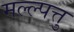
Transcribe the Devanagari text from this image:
मल्ल्पत्तु